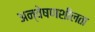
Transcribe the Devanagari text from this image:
अन्वेषणशीलता